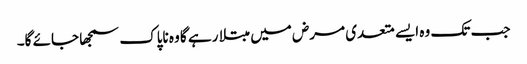
جب تک وہ ایسے متعدی مرض میں مبتلا رہے گا وہ ناپاک سمجھا جائے گا۔